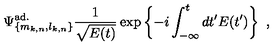
\Psi _ { \{ m _ { k , n } , l _ { k , n } \} } ^ { \mathrm { a d . } } \frac { 1 } { \sqrt { E ( t ) } } \exp \left\{ - i \int _ { - \infty } ^ { t } d t ^ { \prime } E ( t ^ { \prime } ) \right\} \ ,